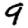
Digit: 9